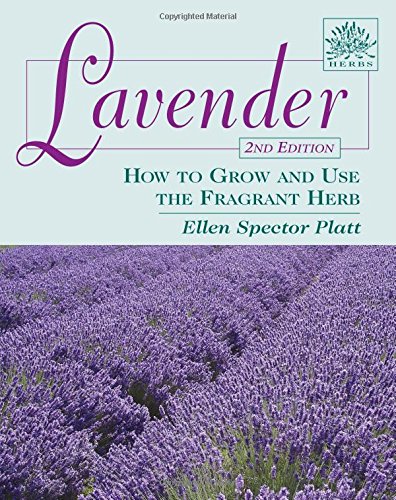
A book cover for Lavender: How to Grow and Use the Fragrant Herb, 2nd Edition (Herbs (Stackpole Books)); Ellen Spector Platt; Crafts, Hobbies & Home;